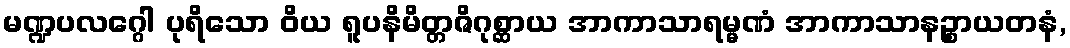
မဏ္ဍပလဂ္ဂေါ ပုရိသော ဝိယ ရူပနိမိတ္တဇိဂုစ္ဆာယ အာကာသာရမ္မဏံ အာကာသာနဉ္စာယတနံ,